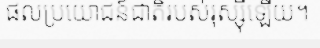
ផលប្រយោជន៍ជាតិរបស់រុស្ស៊ីឡើយ។